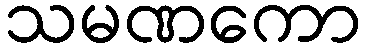
သမဏကော